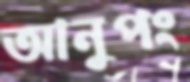
আনুপং